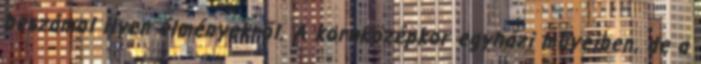
beszámol ilyen élményekről. A koraközépkor egyházi műveiben, de a